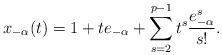
LaTeX: \begin{align*}x_{-\alpha}(t)=1+t e_{-\alpha}+\sum_{s=2}^{p-1}t^s\frac{e_{-\alpha}^s}{s!}.\end{align*}